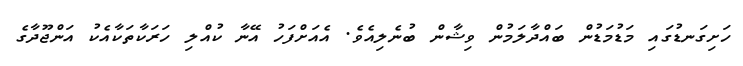
ހަށިގަނޑުގައި މަޑުމަޑުން ބައްދާލަމުން ވިޝާން ބުނެލިއެވެ. އެއަށްފަހު އޭނާ ކުއްލި ހަރަކާތަކާއެކު އަންޖޫދާގެ